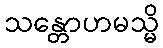
သန္တောဟမသ္မိ